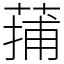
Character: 蒱